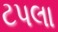
ટપલા